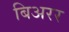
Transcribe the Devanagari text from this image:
बिअरर